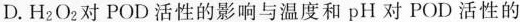
D.H_{2}O_{2}对POD活性的影响与温度和pH对POD活性的